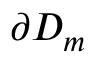
\partial D _ { m }